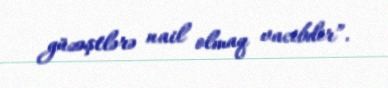
güzəştlərə nail olmaq vacibdir”.